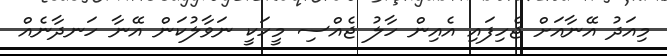
މިއަދު އޭނާއަށް ޖެހިފައި އެއިން ހާލު ޖެއްސި މީހަކީ ނަވާލުކަން އޭނާ ހަނދާނެއް